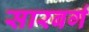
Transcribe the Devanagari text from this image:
सारबर्ग